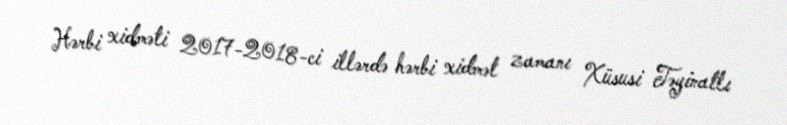
Hərbi xidməti 2017-2018-ci illərdə hərbi xidmət zamanı Xüsusi Təyinatlı